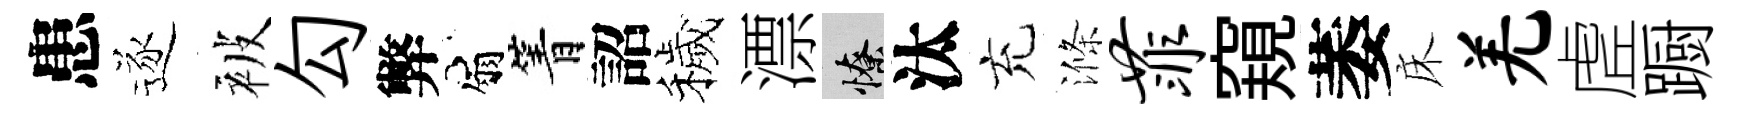
患逐被勾弊扇箐詔穢漂憭汰充滌菲窺萎床羌虗蹰